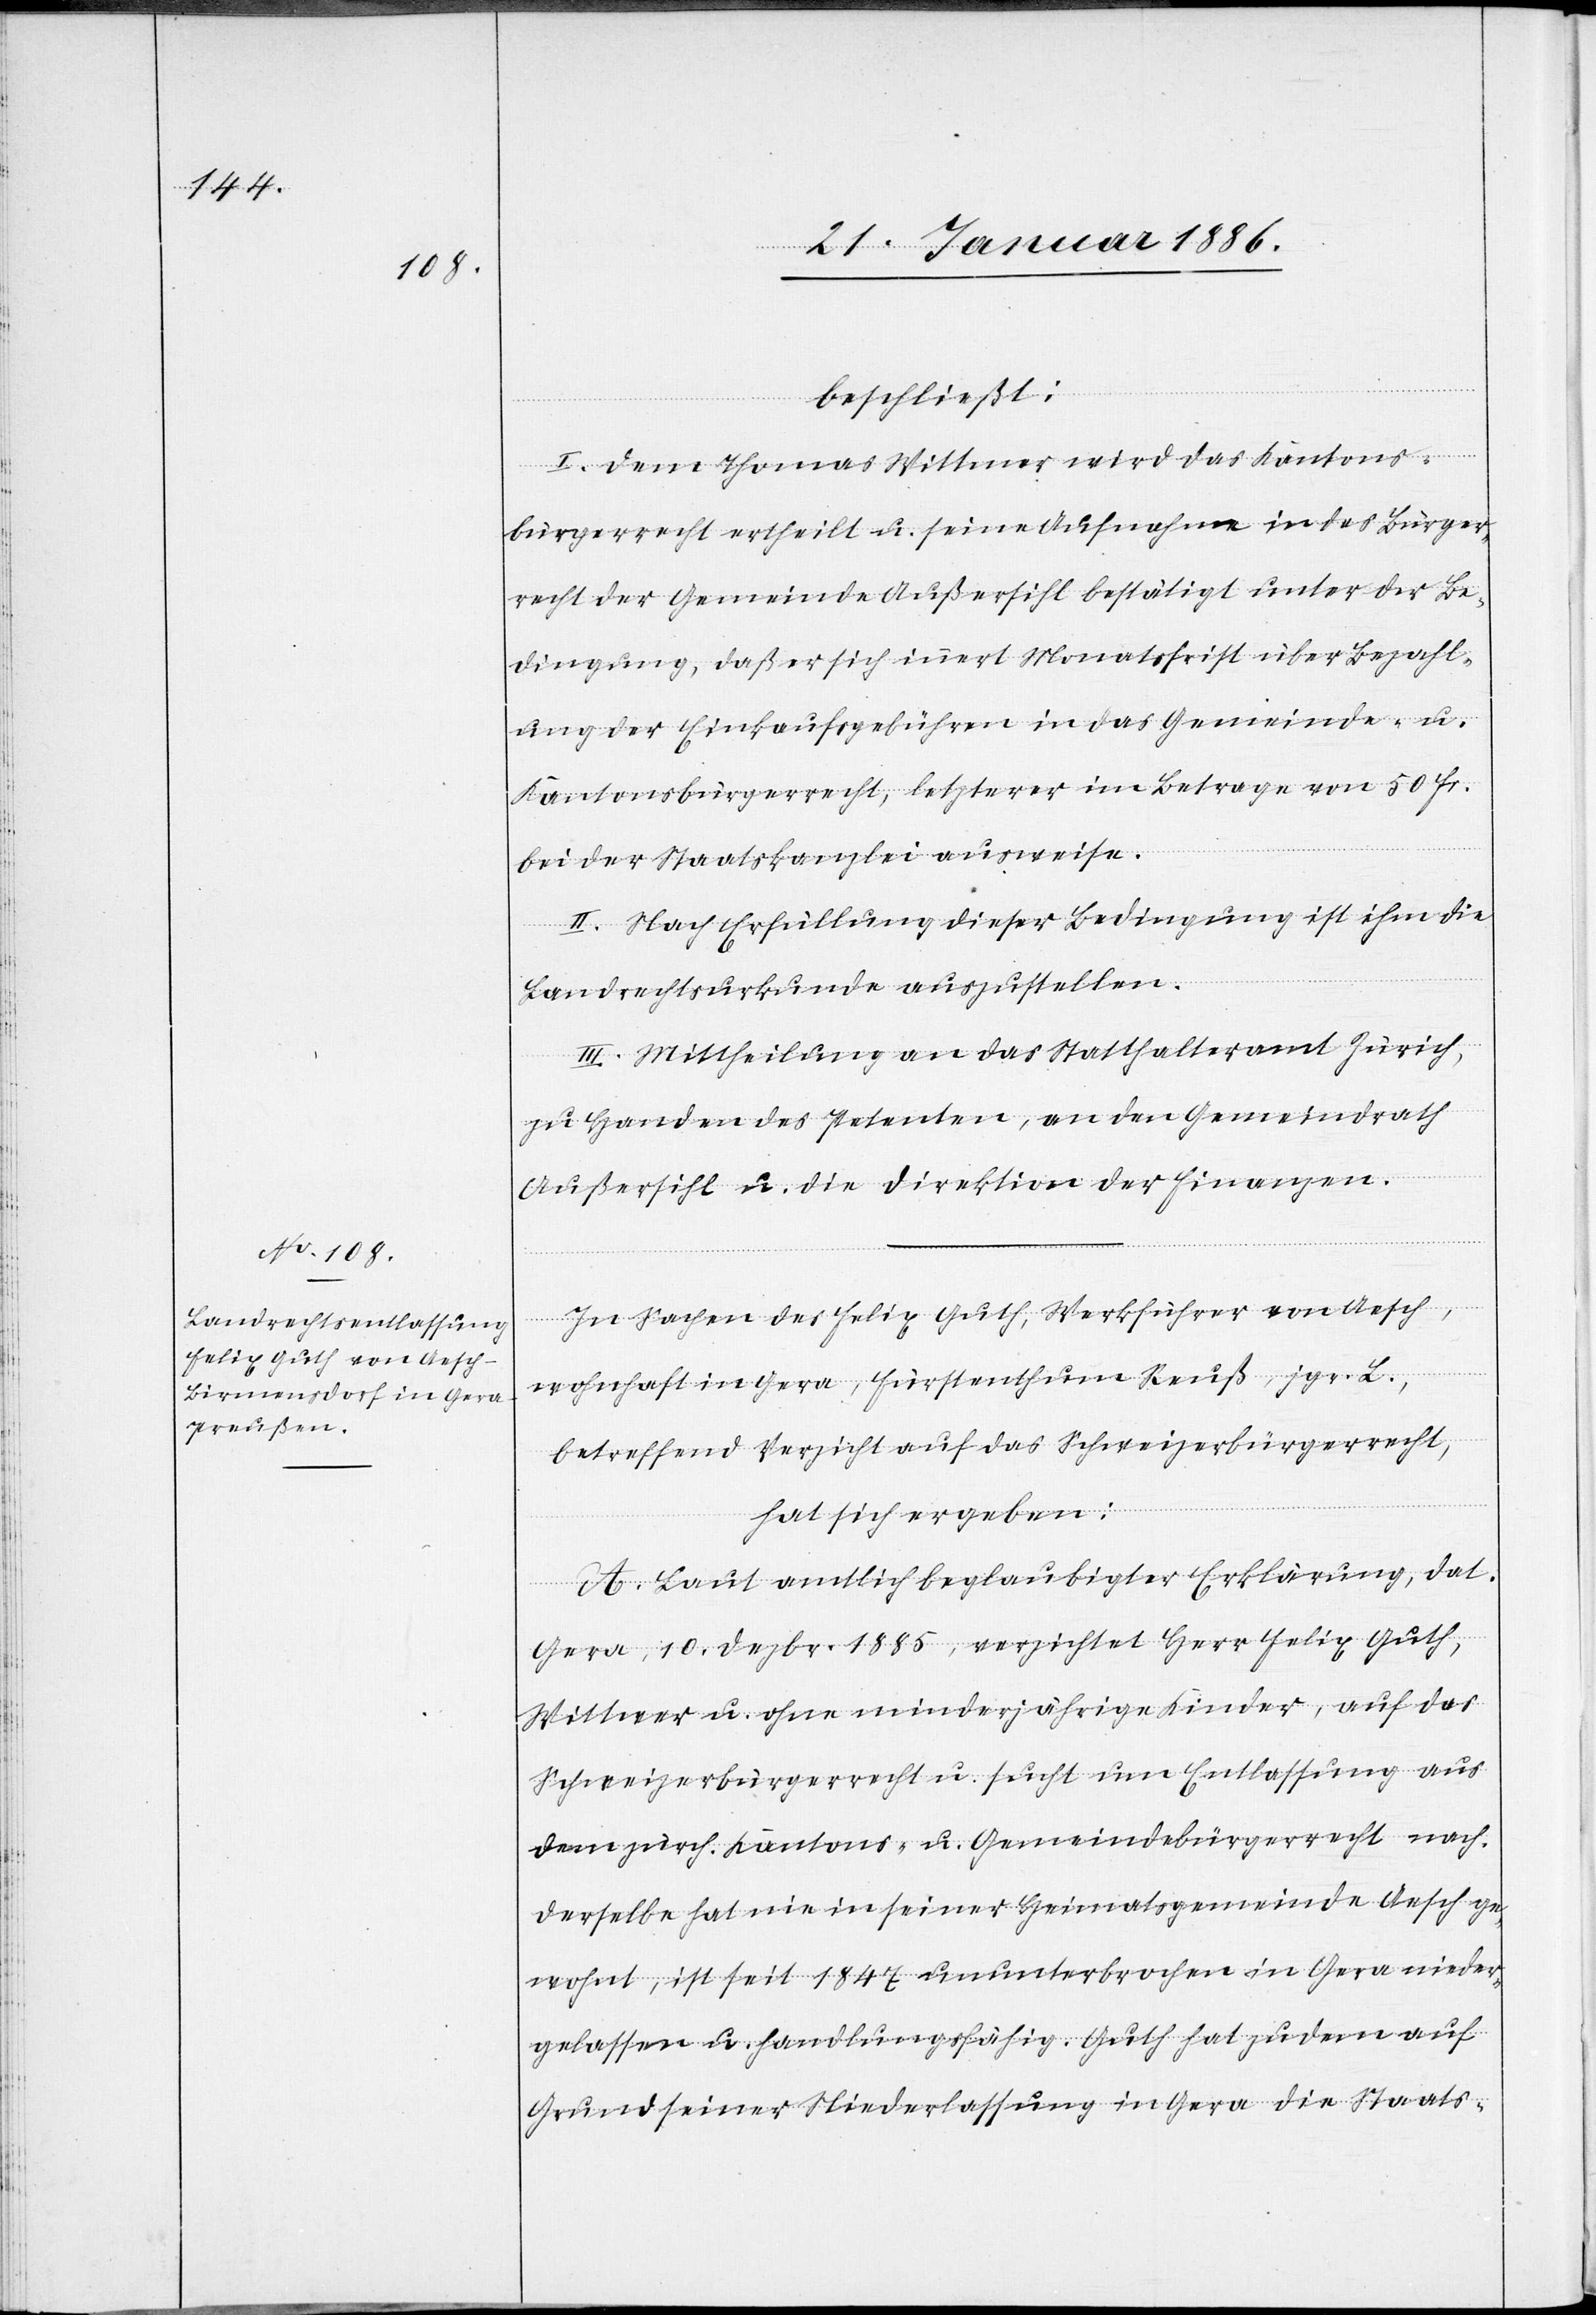
beschließt:
I. Dem Thomas Wittmer wird das Kantons¬
bürgerrecht ertheilt u. seine Aufnahme in das Bürger¬
recht der Gemeinde Außersihl bestätigt unter de Be¬
dingung, daß er sich innert Monatsfrist über Bezahl¬
ung der Einkaufsgebühren in das Gemeinde- u.
Kantonsbürgerecht, letzterer im Betrag von 50 Fr.
bei der Staatskanzlei ausweise.
II. Nach Erfüllung dieser Bedingung ist ihm die
Landrechtsurkunde auszustellen.
III. Mittheilung an das Statthalteramt Zürich,
zu Handen des Petenten, an den Gemeindrath
Außersihl u. die Direktion der Finanzen.
In Sachen des Felix Guth, Werkführer von Aesch,
wohnhaft in Gera, Fürstenthum Reuß, jgr.
betreffend Verzicht auf das Schweizerbürgerrecht,
hat sich ergeben:
A. Laut amtlich beglaubigter Erklärung, dat.
Gera, 10. Dezbr. 1885, verzichtet Herr Felix Guth,
Wittwer u. ohne minderjährige Kinder, auf das
Schweizerbürgerrecht u. sucht um Entlassung aus
dem zürch. Kantons- u. Gemeindebürgerrecht nach.
Derselbe hat nie in seiner Heimatsgemeinde Aesch ge¬
wohnt, ist seit 1847 ununterbrochen in Gera nieder¬
gelassen u. handlungsfähig. Guth hat zudem auf
Grund seiner Niederlassung in Gera die Staats-